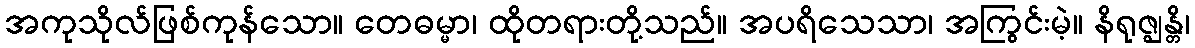
အကုသိုလ်ဖြစ်ကုန်သော။ တေဓမ္မာ၊ ထိုတရားတို့သည်။ အပရိသေသာ၊ အကြွင်းမဲ့။ နိရုဇ္ဈန္တိ၊